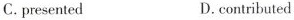
C.presented D. contributed